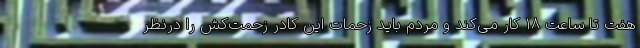
هفت تا ساعت ۱۸ کار می‌کند و مردم باید زحمات این کادر زحمت‌کش را درنظر